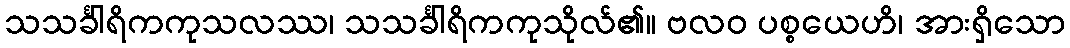
သသင်္ခါရိကကုသလဿ၊ သသင်္ခါရိကကုသိုလ်၏။ ဗလဝ ပစ္စယေဟိ၊ အားရှိသော